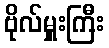
ဗိုလ်မှူးကြီး